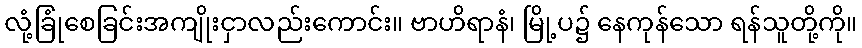
လုံ့ခြုံစေခြင်းအကျိုးငှာလည်းကောင်း။ ဗာဟိရာနံ၊ မြို့ပ၌ နေကုန်သော ရန်သူတို့ကို။